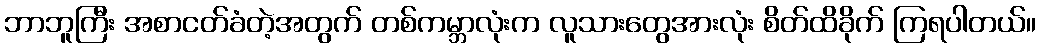
ဘာဘူကြီး အစာငတ်ခံတဲ့အတွက် တစ်ကမ္ဘာလုံးက လူသားတွေအားလုံး စိတ်ထိခိုက် ကြရပါတယ်။